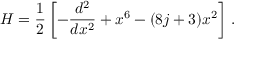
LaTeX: H = \frac { 1 } { 2 } \left[ - \frac { d ^ { 2 } } { d x ^ { 2 } } + x ^ { 6 } - ( 8 j + 3 ) x ^ { 2 } \right] \, .